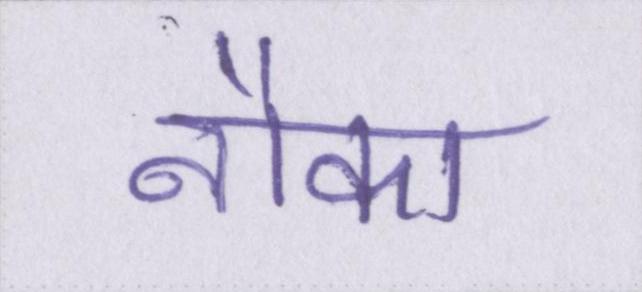
नौका